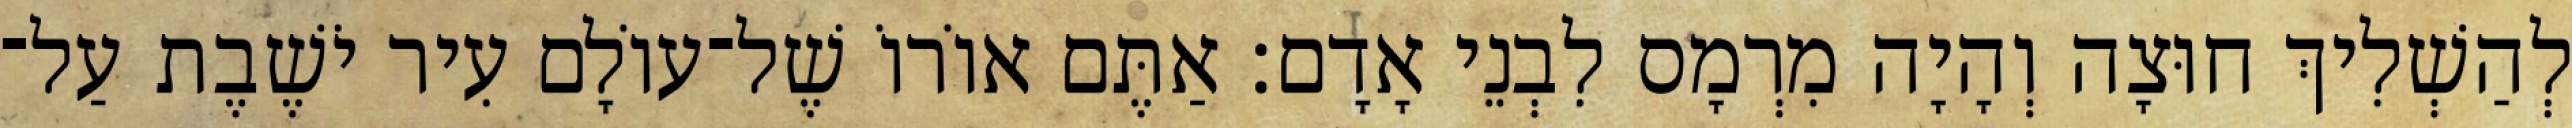
לְהַשְׁלִיךְ חוּצָה וְהָיָה מִרְמָס לִבְנֵי אָדָם׃ אַתֶּם אוֹרוֹ שֶׁל־עוֹלָם עִיר יֹשֶׁבֶת עַל־